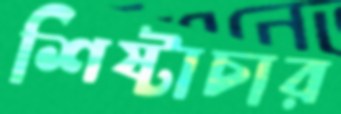
শিষ্টাচার